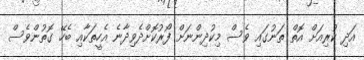
އަދި ކުރިއަށް އޮތް ތަނުގައި ވެސް މިކުދިންނަށް ފޯރުކޮށްދެވިދާނެ އެހީތަކާއި ބެހޭ ގޮތުންވެސް